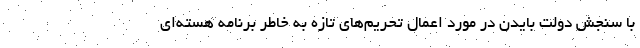
با سنجش دولت بایدن در مورد اعمال تحریم‌های تازه به خاطر برنامه هسته‌ای